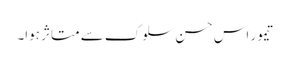
تیمور اس حسن سلوک سے متاثر ہوا۔